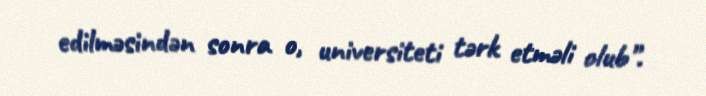
edilməsindən sonra o, universiteti tərk etməli olub”.